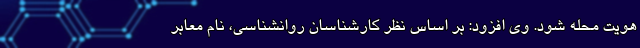
هویت محله شود. وی افزود: بر اساس نظر کارشناسان روانشناسی، نام معابر